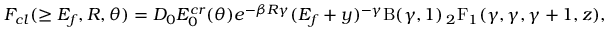
F _ { c l } ( \geq E _ { f } , R , \theta ) = D _ { 0 } E _ { 0 } ^ { c r } ( \theta ) e ^ { - \beta R \gamma } ( E _ { f } + y ) ^ { - \gamma } \mathrm { B } ( \gamma , 1 ) \, { _ 2 \mathrm { F } _ { 1 } } ( \gamma , \gamma , \gamma + 1 , z ) ,